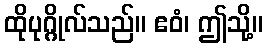
ထိုပုဂ္ဂိုလ်သည်။ ဧဝံ၊ ဤသို့။